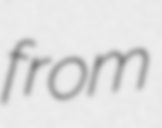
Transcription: from